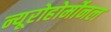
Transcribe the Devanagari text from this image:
न्यूरोहोर्मोनल